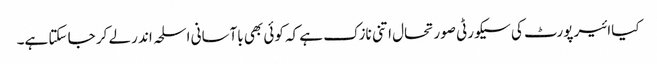
کیاائیر پورٹ کی سیکورٹی صورتحال اتنی نازک ہے کہ کوئی بھی باآسانی اسلحہ اند رلے کر جا سکتا ہے۔